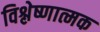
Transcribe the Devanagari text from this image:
विश्लेष्णात्मक